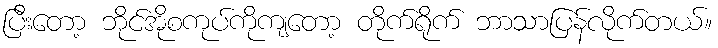
ပြီးတော့ ဘိုင်အိုစကုပ်ကိုကျတော့ တိုက်ရိုက် ဘာသာပြန်လိုက်တယ်။